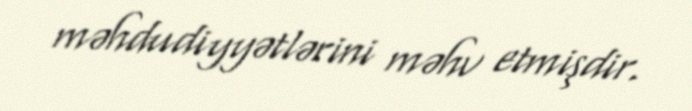
məhdudiyyətlərini məhv etmişdir.